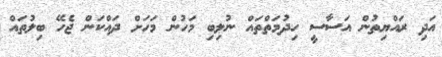
އަދި ރައްޔިތުން އަސާސީ ހިދުމަތްތައް ނުލިބި މަހުން މަހަށް ދައްކަން ޖެހޭ ބިލުތައް